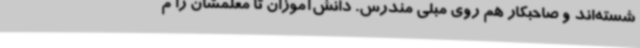
شسته‌اند و صاحبکار هم روی مبلی مندرس. دانش‌آموزان تا معلمشان را م